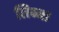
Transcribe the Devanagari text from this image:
तिब्ब।